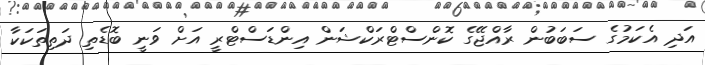
އަދި އެކަމުގެ ސަބަބުން ރާއްޖޭގެ ކޮންސްޓްރަކްޝަން އިންޑަސްޓްރީ އަށް ވަނީ ބޮޑެތި ދަތިތަކަކާ